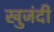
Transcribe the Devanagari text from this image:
खुजंदी